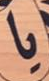
يا